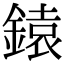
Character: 鎱